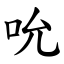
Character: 吮